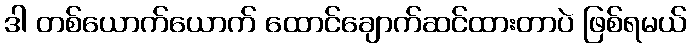
ဒါ တစ်ယောက်ယောက် ထောင်ချောက်ဆင်ထားတာပဲ ဖြစ်ရမယ်